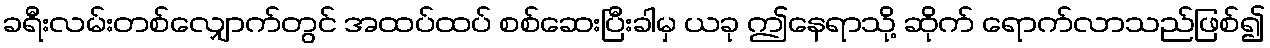
ခရီးလမ်းတစ်လျှောက်တွင် အထပ်ထပ် စစ်ဆေးပြီးခါမှ ယခု ဤနေရာသို့ ဆိုက် ရောက်လာသည်ဖြစ်၍